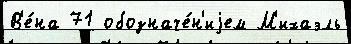
В'е́на 71 обозначе́н'иjем М'ихаэль